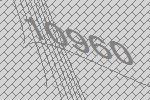
10960